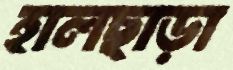
হালছাড়া